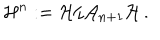
{ \cal H } ^ { n } : = { \cal H } / { \cal A } _ { n + 1 } { \cal H } \, .